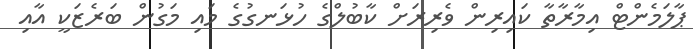
ޕާލަމެންޓް އިމާރާތާ ކައިރިން ވެރިރަށް ކާބުލްގެ ހުޅަނގުގެ މައި މަގުން ބަރެޒަކީ އާއި